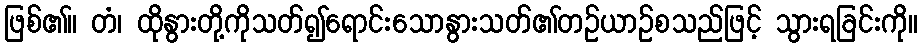
ဖြစ်၏။ တံ၊ ထိုနွားတို့ကိုသတ်၍ရောင်းသောနွားသတ်၏တဉ်ယာဉ်စသည်ဖြင့် သွားရခြင်းကို။